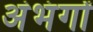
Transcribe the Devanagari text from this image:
अंभंगों